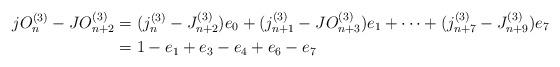
LaTeX: \begin{align*}jO_{n}^{(3)}-JO_{n+2}^{(3)}&=(j_{n}^{(3)}-J_{n+2}^{(3)})e_{0}+(j_{n+1}^{(3)}-JO_{n+3}^{(3)})e_{1}+\cdots +(j_{n+7}^{(3)}-J_{n+9}^{(3)})e_{7}\\&=1-e_{1}+e_{3}-e_{4}+e_{6}-e_{7}\end{align*}